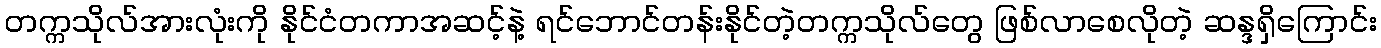
တက္ကသိုလ်အားလုံးကို နိုင်ငံတကာအဆင့်နဲ့ ရင်ဘောင်တန်းနိုင်တဲ့တက္ကသိုလ်တွေ ဖြစ်လာစေလိုတဲ့ ဆန္ဒရှိကြောင်း